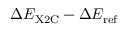
\Delta E _ { \mathrm { X 2 C } } - \Delta E _ { \mathrm { r e f } }